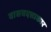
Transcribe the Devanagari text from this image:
वासवदत्ताकार